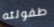
طفولته